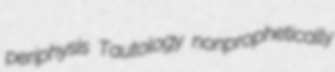
periphysis Tautology nonprophetically